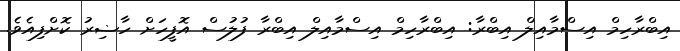
އިބްރާހިމް އިސްމާއިލް އިބްރާ: އިބްރާހިމް އިސްމާއިލް އިބްރާ ފުލުސް އޮފީހަށް ހާޟިރު ކޮށްފިއެވެ.